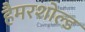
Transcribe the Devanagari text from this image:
हैमरशोल्ड